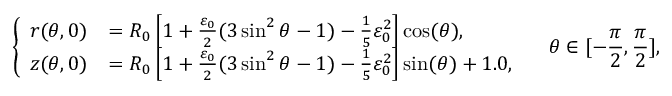
\left\{ \begin{array} { l l } { r ( \theta , 0 ) } & { = R _ { 0 } \left[ 1 + \frac { \varepsilon _ { 0 } } { 2 } ( 3 \sin ^ { 2 } \theta - 1 ) - \frac { 1 } { 5 } \varepsilon _ { 0 } ^ { 2 } \right] \cos ( \theta ) , } \\ { z ( \theta , 0 ) } & { = R _ { 0 } \left[ 1 + \frac { \varepsilon _ { 0 } } { 2 } ( 3 \sin ^ { 2 } \theta - 1 ) - \frac { 1 } { 5 } \varepsilon _ { 0 } ^ { 2 } \right] \sin ( \theta ) + 1 . 0 , } \end{array} \right. \quad \theta \in [ - \frac { \pi } { 2 } , \frac { \pi } { 2 } ] ,